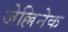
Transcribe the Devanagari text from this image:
जेल्लिनेक